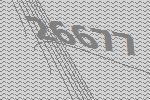
26677